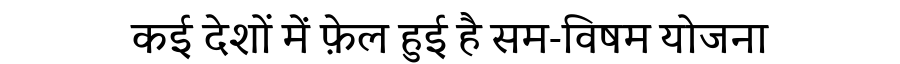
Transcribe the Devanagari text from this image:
कई देशों में फ़ेल हुई है सम-विषम योजना